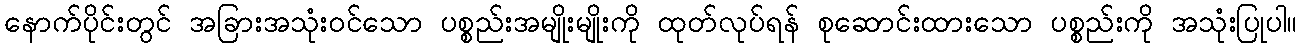
နောက်ပိုင်းတွင် အခြားအသုံးဝင်သော ပစ္စည်းအမျိုးမျိုးကို ထုတ်လုပ်ရန် စုဆောင်းထားသော ပစ္စည်းကို အသုံးပြုပါ။